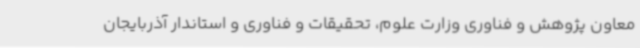
معاون پژوهش و فناوری وزارت علوم، تحقیقات و فناوری و استاندار آذربایجان